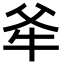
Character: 𭷕